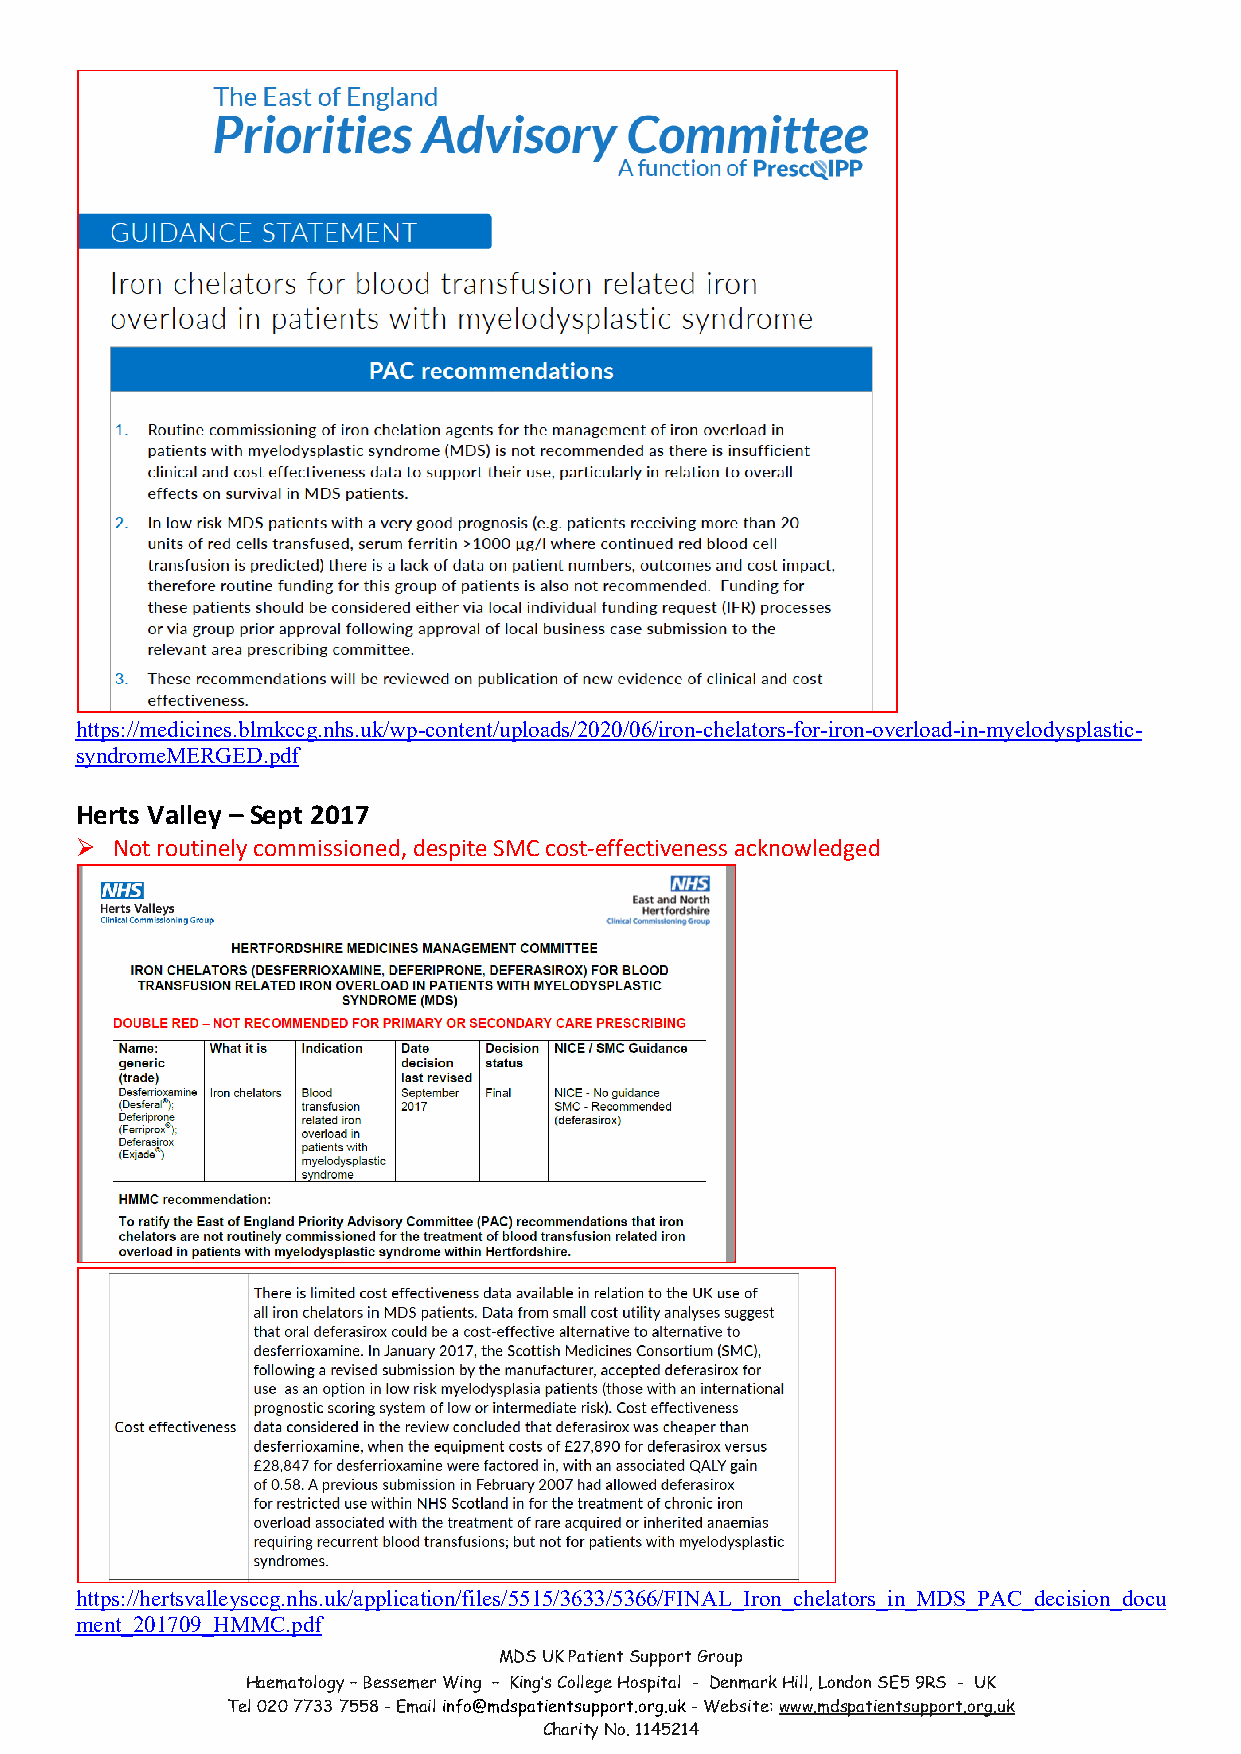
https://medicines.blmkccg.nhs.uk/wp-content/uploads/2020/06/iron-chelators-for-iron-overload-in-myelodysplastic-
 syndromeMERGED.pdf
 Herts Valley – Sept 2017
 Ø Not routinely commissioned, despite SMC cost-effectiveness acknowledged
 https://hertsvalleysccg.nhs.uk/application/files/5515/3633/5366/FINAL_Iron_chelators_in_MDS_PAC_decision_docu
 ment_201709_HMMC.pdf
 MDS UK Patient Support Group
 Haematology – Bessemer Wing – King’s College Hospital - Denmark Hill, London SE5 9RS - UK
 Tel 020 7733 7558 - Email info@mdspatientsupport.org.uk - Website: www.mdspatientsupport.org.uk
 Charity No. 1145214